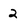
Character: 2